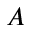
A